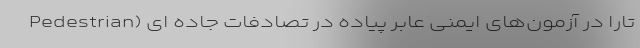
تارا در آزمون‌های ایمنی عابر پیاده در تصادفات جاده ای (Pedestrian